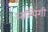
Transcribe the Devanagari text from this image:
अल्पिंगी